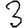
Digit: 3